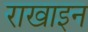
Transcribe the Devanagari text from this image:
राखाइन